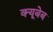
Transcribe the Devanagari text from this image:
क्यूबेब